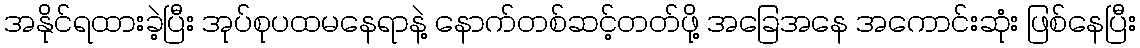
အနိုင်ရထားခဲ့ပြီး အုပ်စုပထမနေရာနဲ့ နောက်တစ်ဆင့်တတ်ဖို့ အခြေအနေ အကောင်းဆုံး ဖြစ်နေပြီး